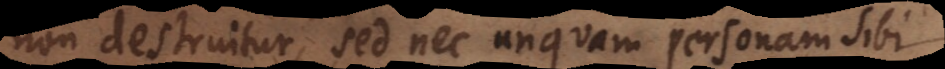
non destruitur, sed nec unquam personam sibi